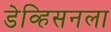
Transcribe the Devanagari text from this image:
डेव्हिसनला